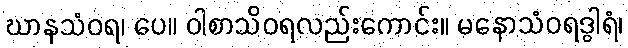
ဃာနသံဝရ၊ ပေ။ ဝါစာသိဝရလည်းကောင်း။ မနောသံဝရဒွါရံ၊